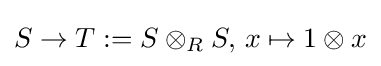
S\to T:=S\otimes _{R}S,\,x\mapsto 1\otimes x